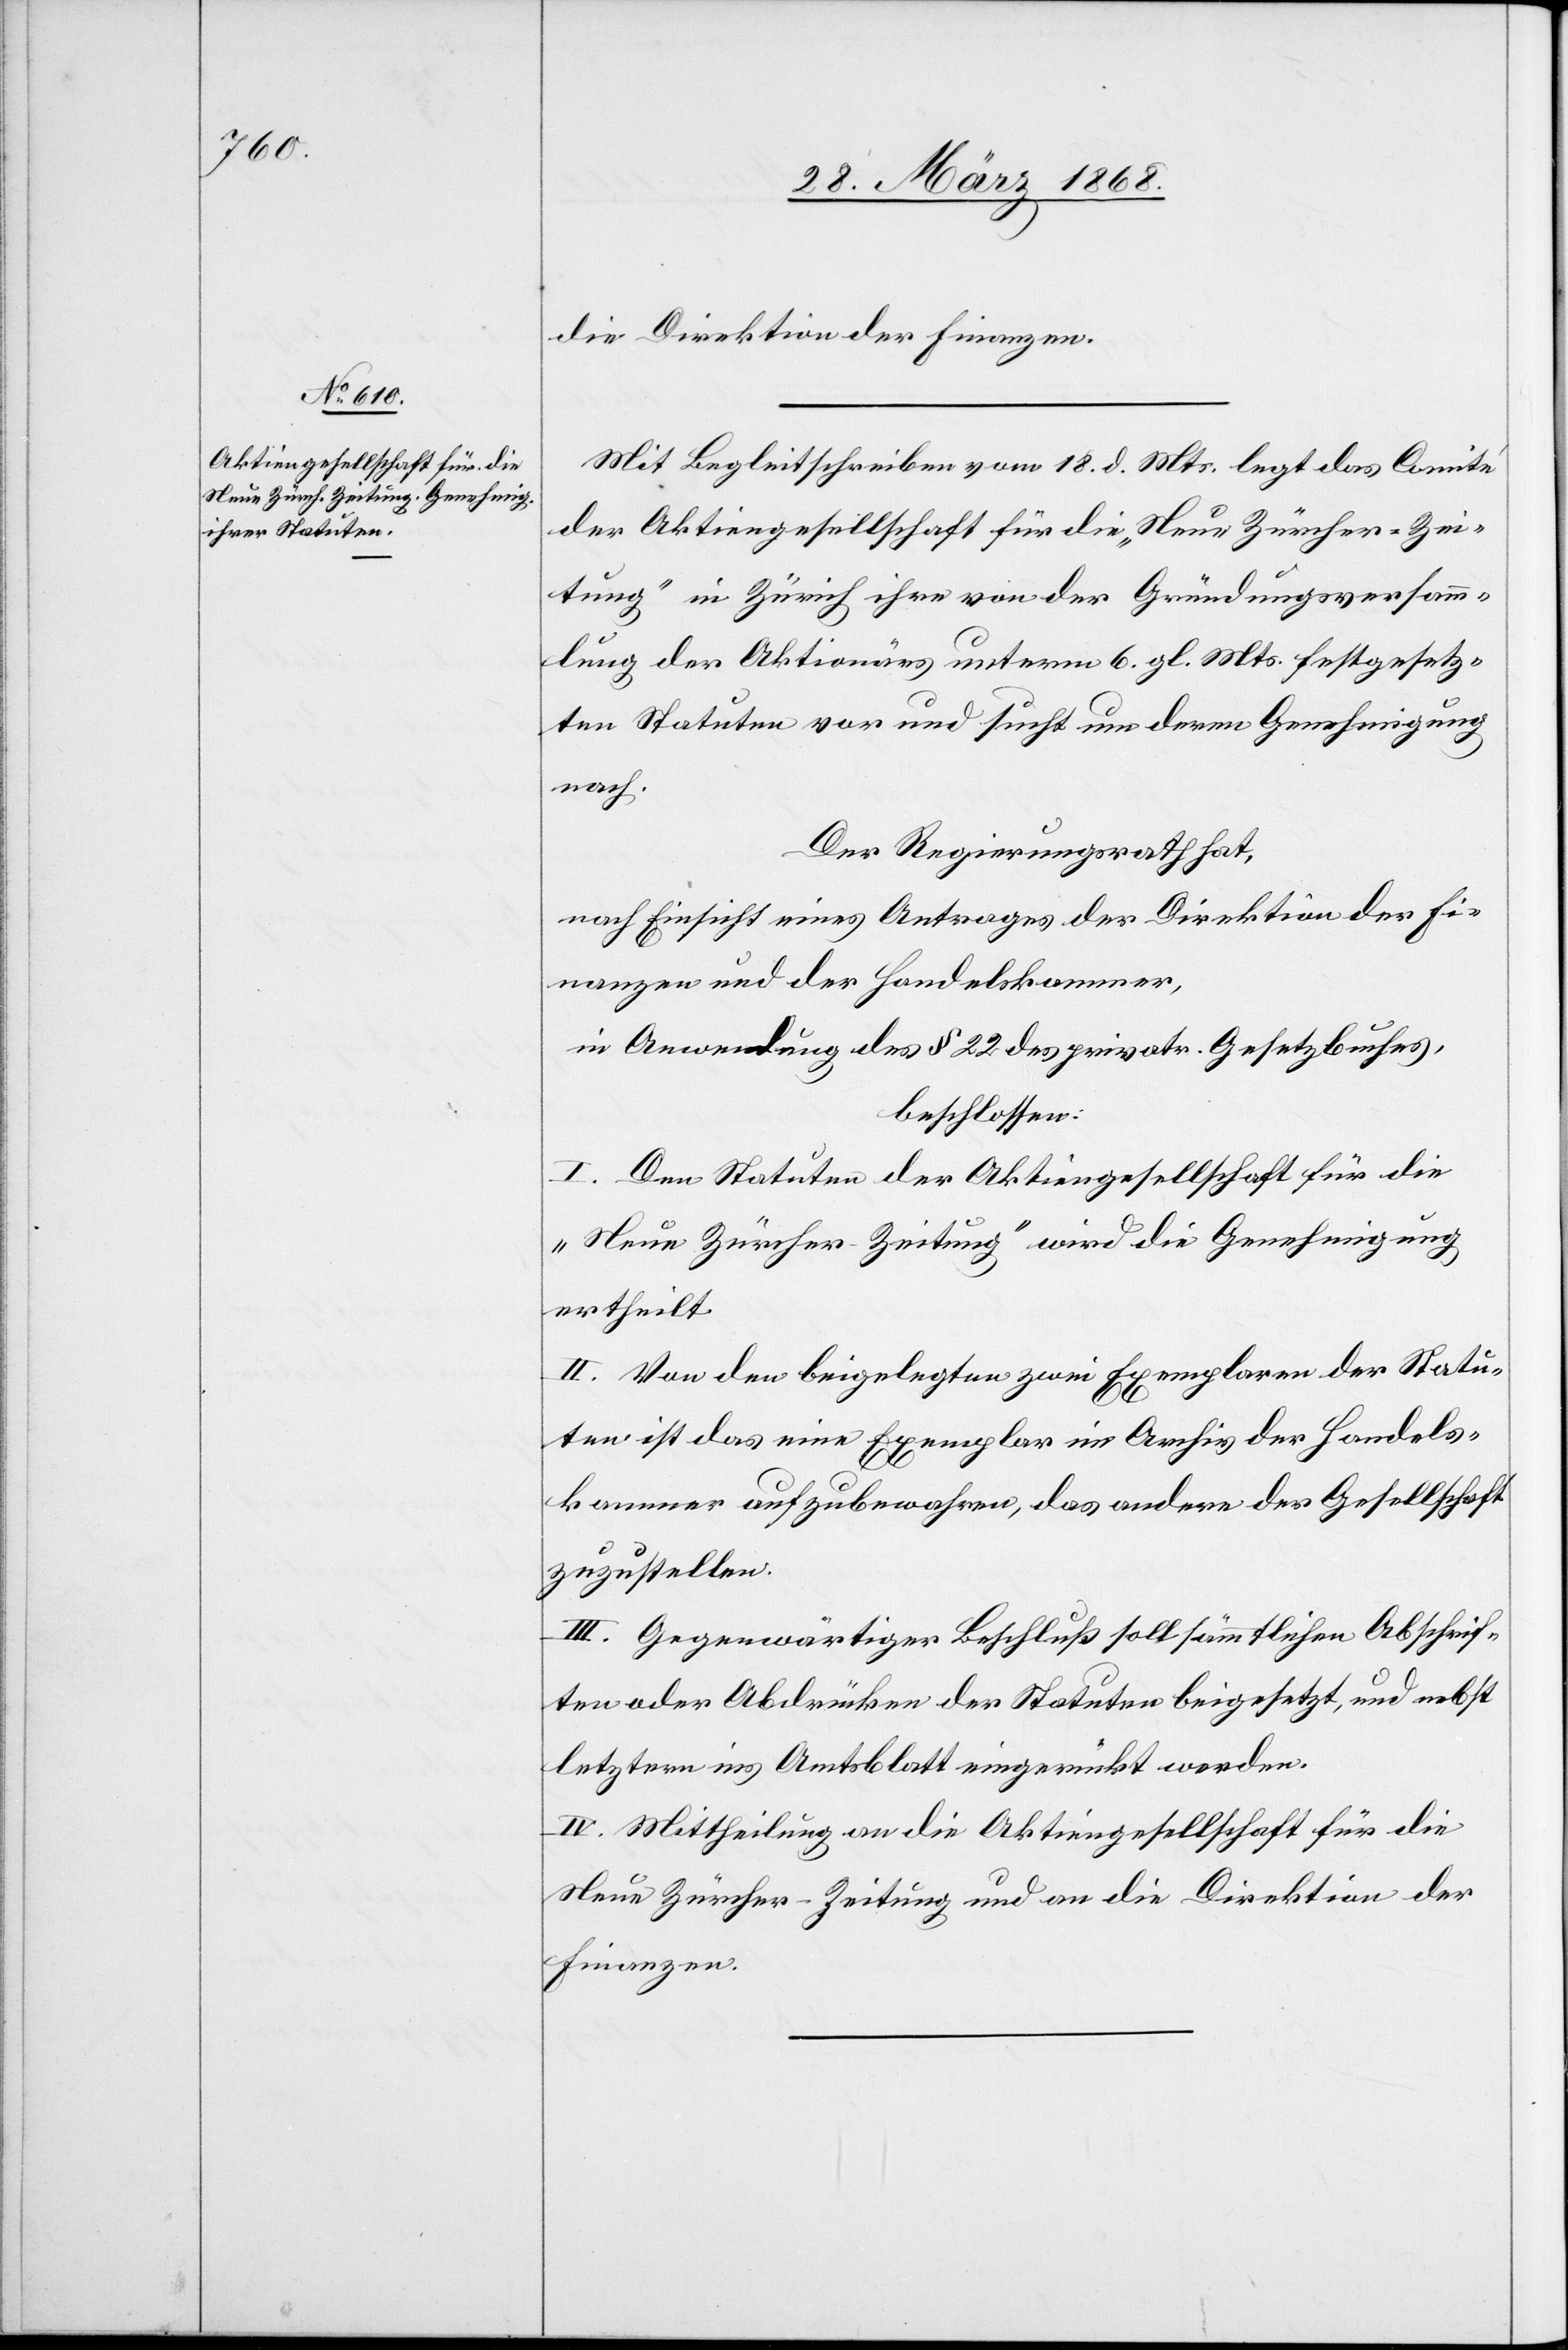
die Direktion der Finanzen.
Mit Begleitschreiben vom 18. d. Mts. legt das Comité
der Aktiengesellschaft für die „Neue Zürcher-Zei¬
tung“ in Zürich ihre von der Gründungsversamm¬
lung der Aktionärs unterm 6. gl. Mts. festgesetz¬
ten Statuten vor und sucht um deren Genehmigung
nach.
Der Regierungsrath hat,
nach Einsicht eines Antrages der Direktion der Fi¬
nanzen und der Handelskammer,
in Anwendung des § 22 des privatr. Gesetzbuches,
beschlossen:
I. Den Statuten der Aktiengesellschaft für die
„Neue Zürcher-Zeitung“ wird die Genehmigung
ertheilt.
II. Von den beigelegten zwei Exemplaren der Statu¬
ten ist das eine Exemplar im Archiv der Handels¬
kammer aufzubewahren, das andere der Gesellschaft
zuzustellen.
III. Gegenwärtiger Beschluß soll sämmtlichen Abschrif¬
ten oder Abdrücken der Statuten beigesetzt, und nebst
letztern ins Amtsblatt eingerückt werden.
IV. Mittheilung an die Aktiengesellschaft für die
Neue Zürcher-Zeitung und an die Direktion der
Finanzen.